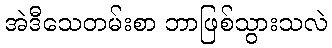
အဲဒီသေတမ်းစာ ဘာဖြစ်သွားသလဲ